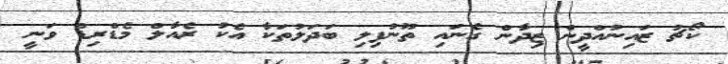
ކޯޗު ޒައިނުއްދީން ޒިދާން ގެނައި ތޫނުފިލި ބަދަލުތަކާ އެކު ރެއާލް މެޑްރިޑް ވަނީ